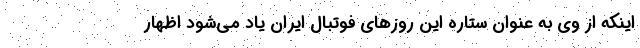
اینکه از وی به عنوان ستاره این روزهای فوتبال ایران یاد می‌شود اظهار